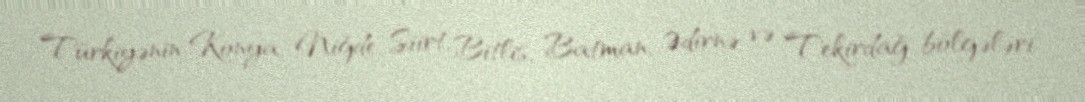
Türkiyənin Konya, Niğde, Siirt, Bitlis, Batman, Ədirnə və Tekirdağ bölgələri